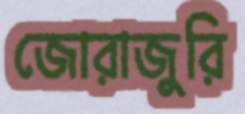
জোরাজুরি